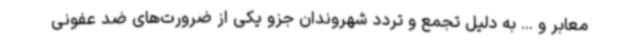
معابر و ... به دلیل تجمع و تردد شهروندان جزو یکی از ضرورت‌های ضد عفونی